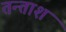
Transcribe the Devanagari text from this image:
तन्ताश